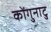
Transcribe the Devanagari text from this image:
कोंगुनाटु